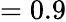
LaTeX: =0.9